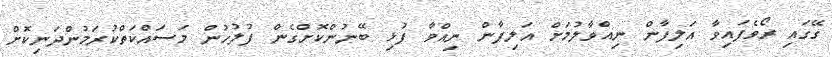
ގޭގައި ރޯވެފައިވާ އަލިފާން ނިއްވާލުމަށް އަލިފާން ނިއްވާ ފުޅި ބޭނުންކޮށްގެން ފުލުހުން މަސައްކަތްކުރަމުންދަނިކޮށް